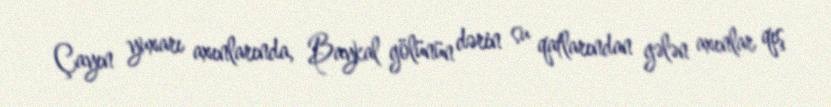
Çayın yuxarı axınlarında, Baykal gölünün dərin su qatlarından gələn axınlar qış